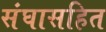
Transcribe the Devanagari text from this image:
संघासहित